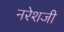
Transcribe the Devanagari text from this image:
नरेशजी